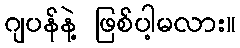
ဂျပန်နဲ့ ဖြစ်ပါ့မလား။